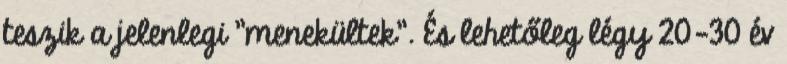
teszik a jelenlegi "menekültek". És lehetőleg légy 20-30 év